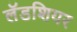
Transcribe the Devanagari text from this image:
लॅडशियर